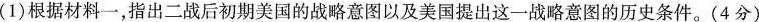
(1)根据材料一，指出二战后初期美国的战略意图以及美国提出这一战略意图的历史条件。(4分)